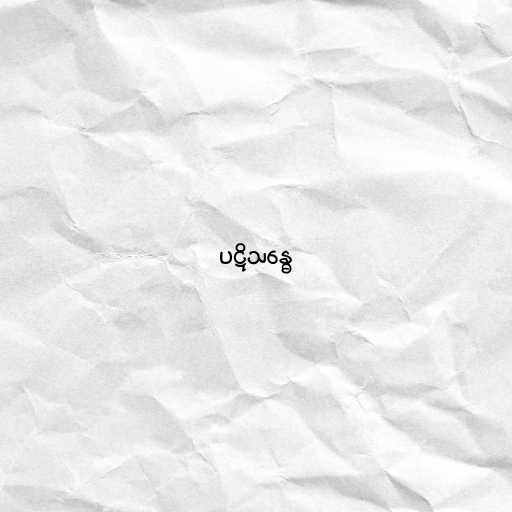
ပဋိသန္ဓေ